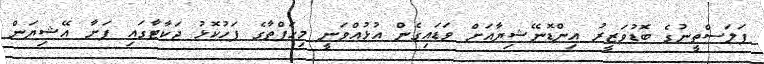
ފަލަސްތީނުގެ ބޮޑުވަޒީރު އިންޑޮނޭޝިޔާއަށް ވަޑައިގެން އުޅުއްވަނީ މިހަފްތާގެ ފަހުކޮޅު ޖަކާޓާގައި ފަށާ އޭޝިޔަން